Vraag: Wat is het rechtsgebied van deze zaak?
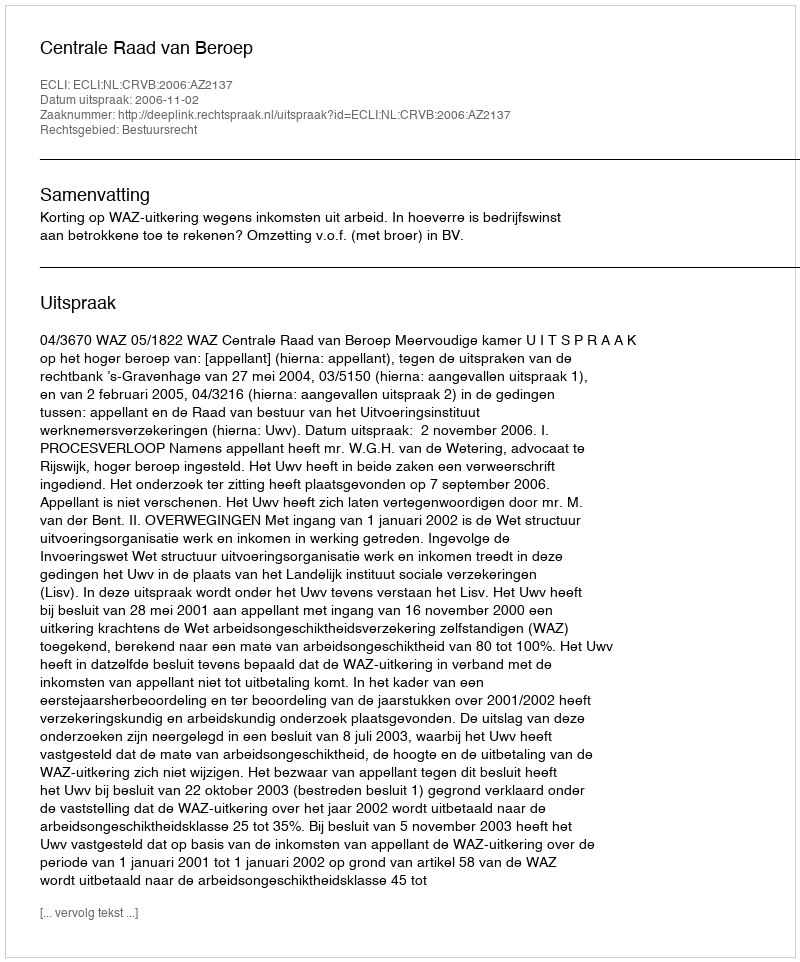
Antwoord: Bestuursrecht